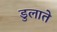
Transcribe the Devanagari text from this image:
डुलाते